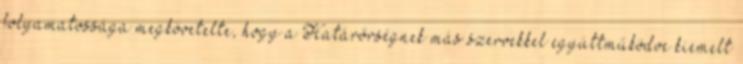
folyamatossága megkövetelte, hogy a Határőrségnek más szervekkel együttműködve kiemelt